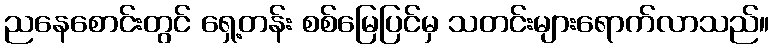
ညနေစောင်းတွင် ရှေ့တန်း စစ်မြေပြင်မှ သတင်းများရောက်လာသည်။